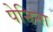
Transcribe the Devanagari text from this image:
पेनिना